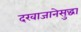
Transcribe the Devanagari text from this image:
दरवाजानेसुद्धा